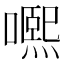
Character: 𡁱